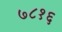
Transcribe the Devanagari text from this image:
७८१६